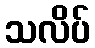
သလိပ်